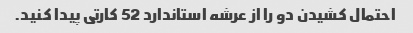
احتمال کشیدن دو را از عرشه استاندارد 52 کارتی پیدا کنید.